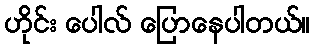
ဟိုင်း ပေါလ် ပြောနေပါတယ်။